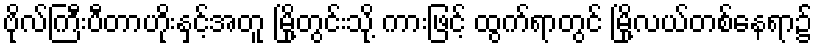
ဗိုလ်ကြီးပီတာဟိုးနှင့်အတူ မြို့တွင်းသို့ ကားဖြင့် ထွက်ရာတွင် မြို့လယ်တစ်နေရာ၌